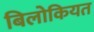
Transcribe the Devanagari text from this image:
बिलोकियत